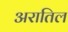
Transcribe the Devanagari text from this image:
अरातिल